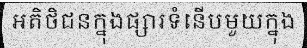
អតិថិជនក្នុងផ្សារទំនើបមួយក្នុង